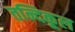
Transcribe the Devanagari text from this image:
तन्दिकूल